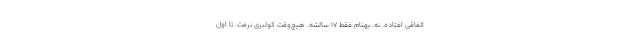
اتفاقي افتاده. نه. بهنام فقط 17 سالشه. هيچ‌وقت كولبري نرفت. تا اول